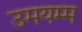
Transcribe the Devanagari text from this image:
उमयम्म